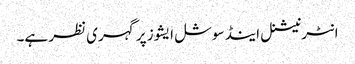
انٹرنیشنل اینڈ سوشل ایشوز پر گہری نظر ہے۔